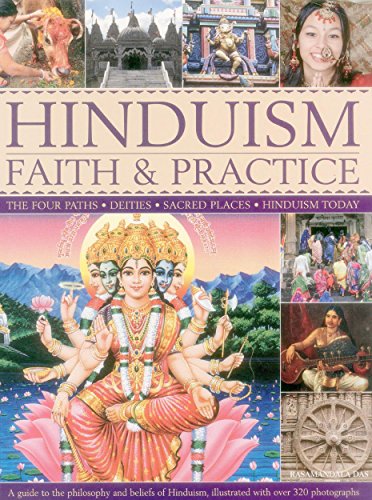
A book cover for Hinduism Faith & Practice: The Four Paths: Deities, Sacred Places & Hinduism Today; Rasamandala Das; Religion & Spirituality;